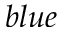
b l u e